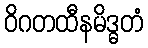
ဝိဂတထီနမိဒ္ဓတံ